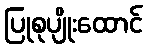
ပြုစုပျိုးထောင်